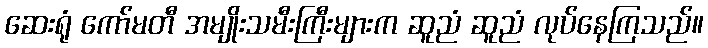
ဆေးရုံ ကော်မတီ အမျိုးသမီးကြီးများက ဆူညံ ဆူညံ လုပ်နေကြသည်။